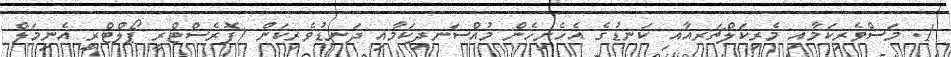
1. މަސްވެރިކަމާއި މެރިކަލްޗަރއާއި ކަނޑުގެ އެހެނިހެން މުއްސަނދިކަމާއި ދަނޑުވެރިކަން (ފޮރެސްޓްރީ ޕޯލްޓްރީ އެނިމަލް